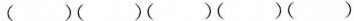
（）（）（）（）（）